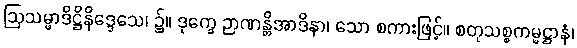
ဩသမ္မာဒိဋ္ဌိနိဒ္ဒေသေ၊ ၌။ ဒုက္ခေ ဉာဏန္တိအာဒိနာ၊ သော စကားဖြင့်။ စတုသစ္စကမ္မဋ္ဌာနံ၊